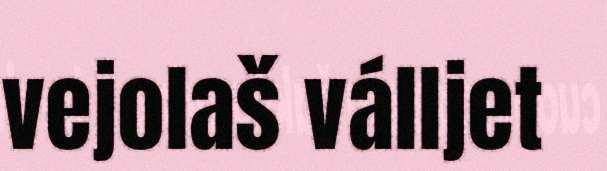
vejolaš válljet